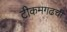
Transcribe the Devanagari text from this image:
टीकमगढची